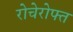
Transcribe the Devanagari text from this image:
रोचेरोफ्त